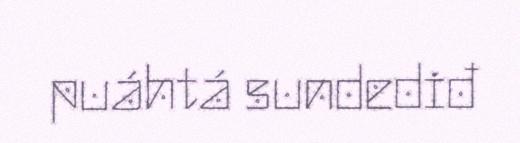
puáhtá sundediđ